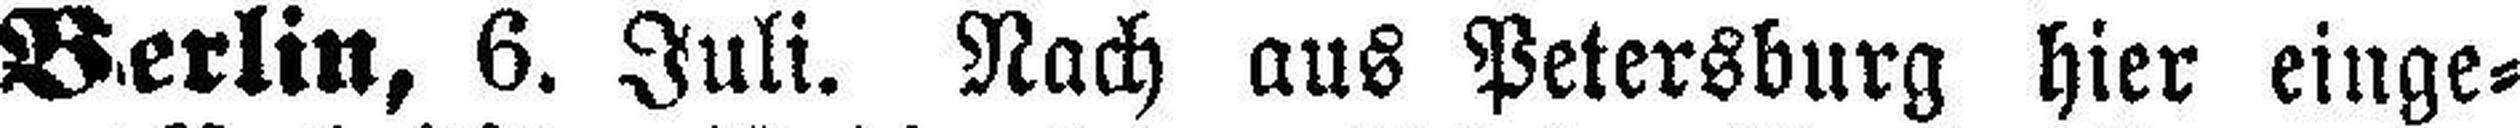
Berlin, 6. Juli. Nach aus Petersburg hier einge¬